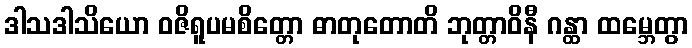
ဒါသဒါသိယော ဝဇိရူပမစိတ္တော ဓာတုတောတိ ဘုတ္တာဝိနီ ဂန္ထာ ထမ္ဘေတွာ